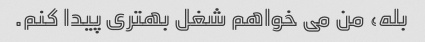
بله، من می خواهم شغل بهتری پیدا کنم.